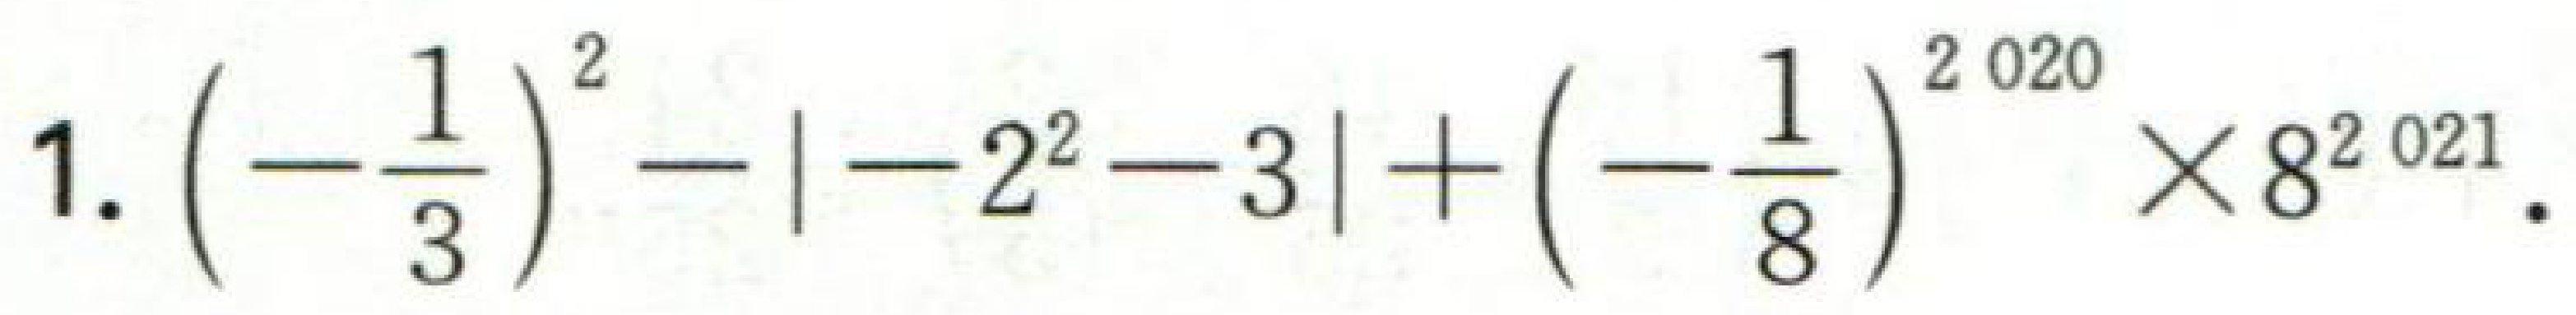
\(1.\left(-\frac{1}{3}\right)^{2}-\vert - 2^{2}-3\vert+\left(-\frac{1}{8}\right)^{2020}\times8^{2021}.\)